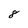
Character: 8